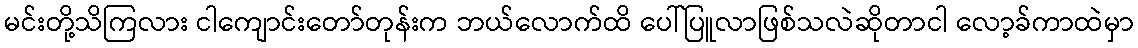
မင်းတို့သိကြလား ငါကျောင်းတော်တုန်းက ဘယ်လောက်ထိ ပေါ်ပြူလာဖြစ်သလဲဆိုတာငါ လော့ခ်ကာထဲမှာ